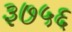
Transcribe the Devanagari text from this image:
३७५६